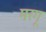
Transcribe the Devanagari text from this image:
मरगू